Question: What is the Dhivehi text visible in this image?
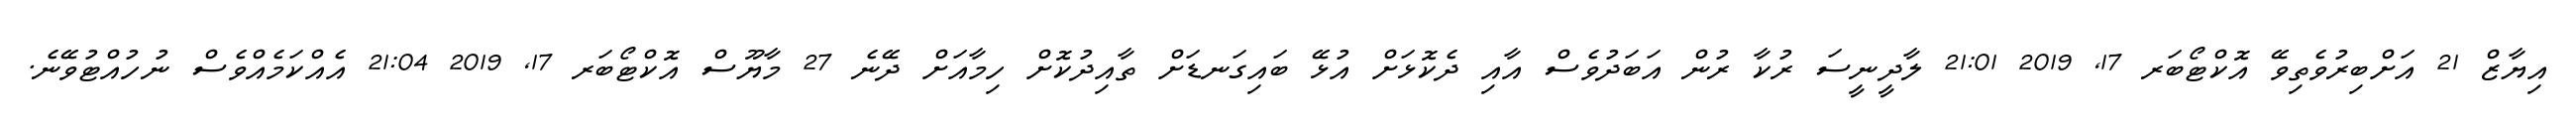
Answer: އިޔާޒް 21 އަށްބިރުވެތިވޭ އޮކްޓޯބަރ 17, 2019 21:01 ލާދީނީސަ ރުކާ ރުން އަބަދުވެސް އާއި ދެކޮޅަށް އުޅޭ ބައިގަނޑަށް ތާއިދުކޮށް ހިމާއަށް ދޭނެ 27 މާޔޫސް އޮކްޓޯބަރ 17, 2019 21:04 އެއްކަމެއްވެސް ނުހުއްޓުވޭނެ.